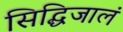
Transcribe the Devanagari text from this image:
सिद्धिजालं